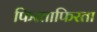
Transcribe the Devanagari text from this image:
फिरताफिरता